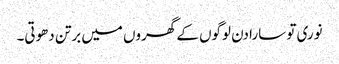
نوری تو سارا دن لوگوں کے گھروں میں برتن دھوتی۔